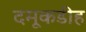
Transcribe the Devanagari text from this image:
दमूकडीह